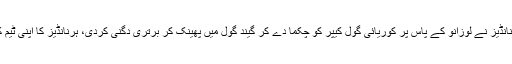
66ویں منٹ میں میکسیکو کے اسٹرائیکر جیویئر ہرنانڈیز نے لوزانو کے پاس پر کوریائی گول کیپر کو چکما دے کر گیند گول میں پھینک کر برتری دگنی کردی، ہرنانڈیز کا اپنی ٹیم کی طرف سے مجموعی طور پر یہ 50واں گول ہے۔